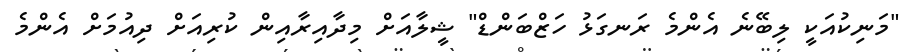
"މަނިކުއަކީ ލިބޭނެ އެންމެ ރަނގަޅު ހަޒްބަންޑް" ޝީލާއަށް މިދާއިރާއިން ކުރިއަށް ދިއުމަށް އެންމެ